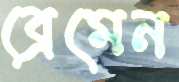
ব্রেমেন